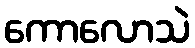
ကောလောသဲ